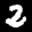
Label: 2